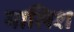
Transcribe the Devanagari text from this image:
मालिश्‍ा